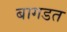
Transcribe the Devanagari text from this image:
बागडत